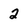
Character: 2